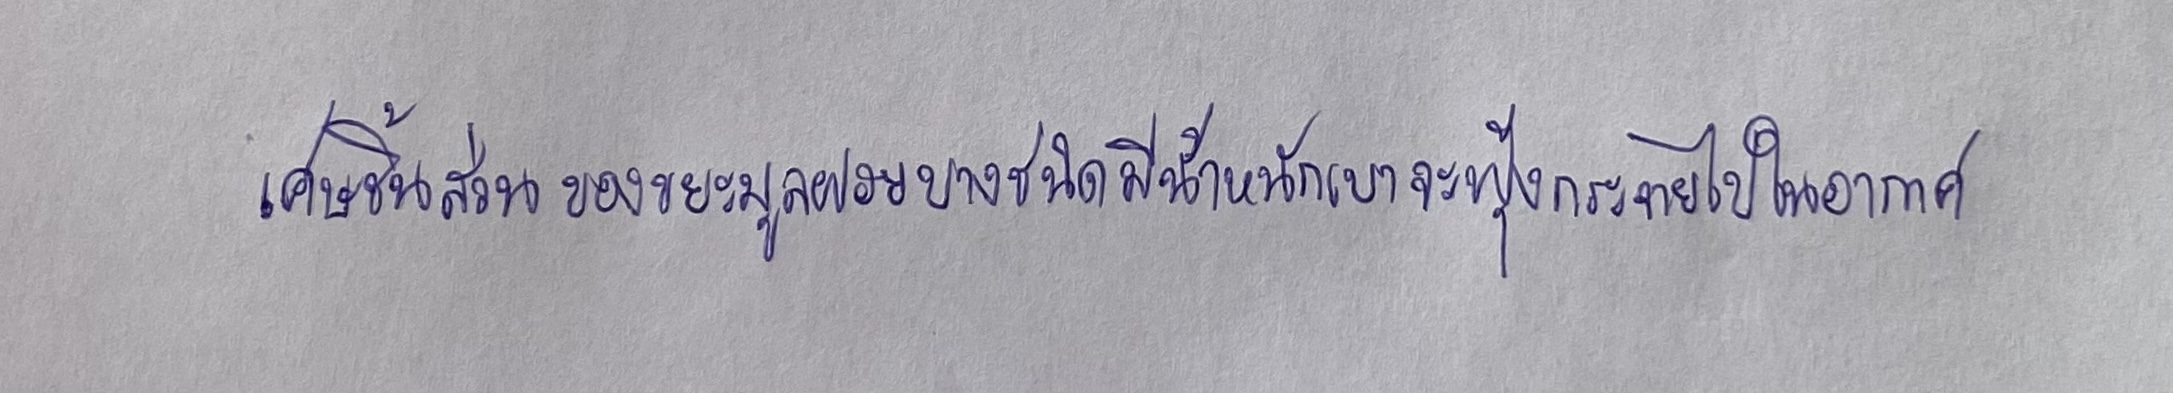
เศษชิ้นส่วนของขยะมูลฝอยบางชนิดมีน้ำหนักเบาจะฟุ้งกระจายไปในอากาศ